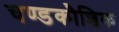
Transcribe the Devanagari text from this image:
चण्डकौशिक